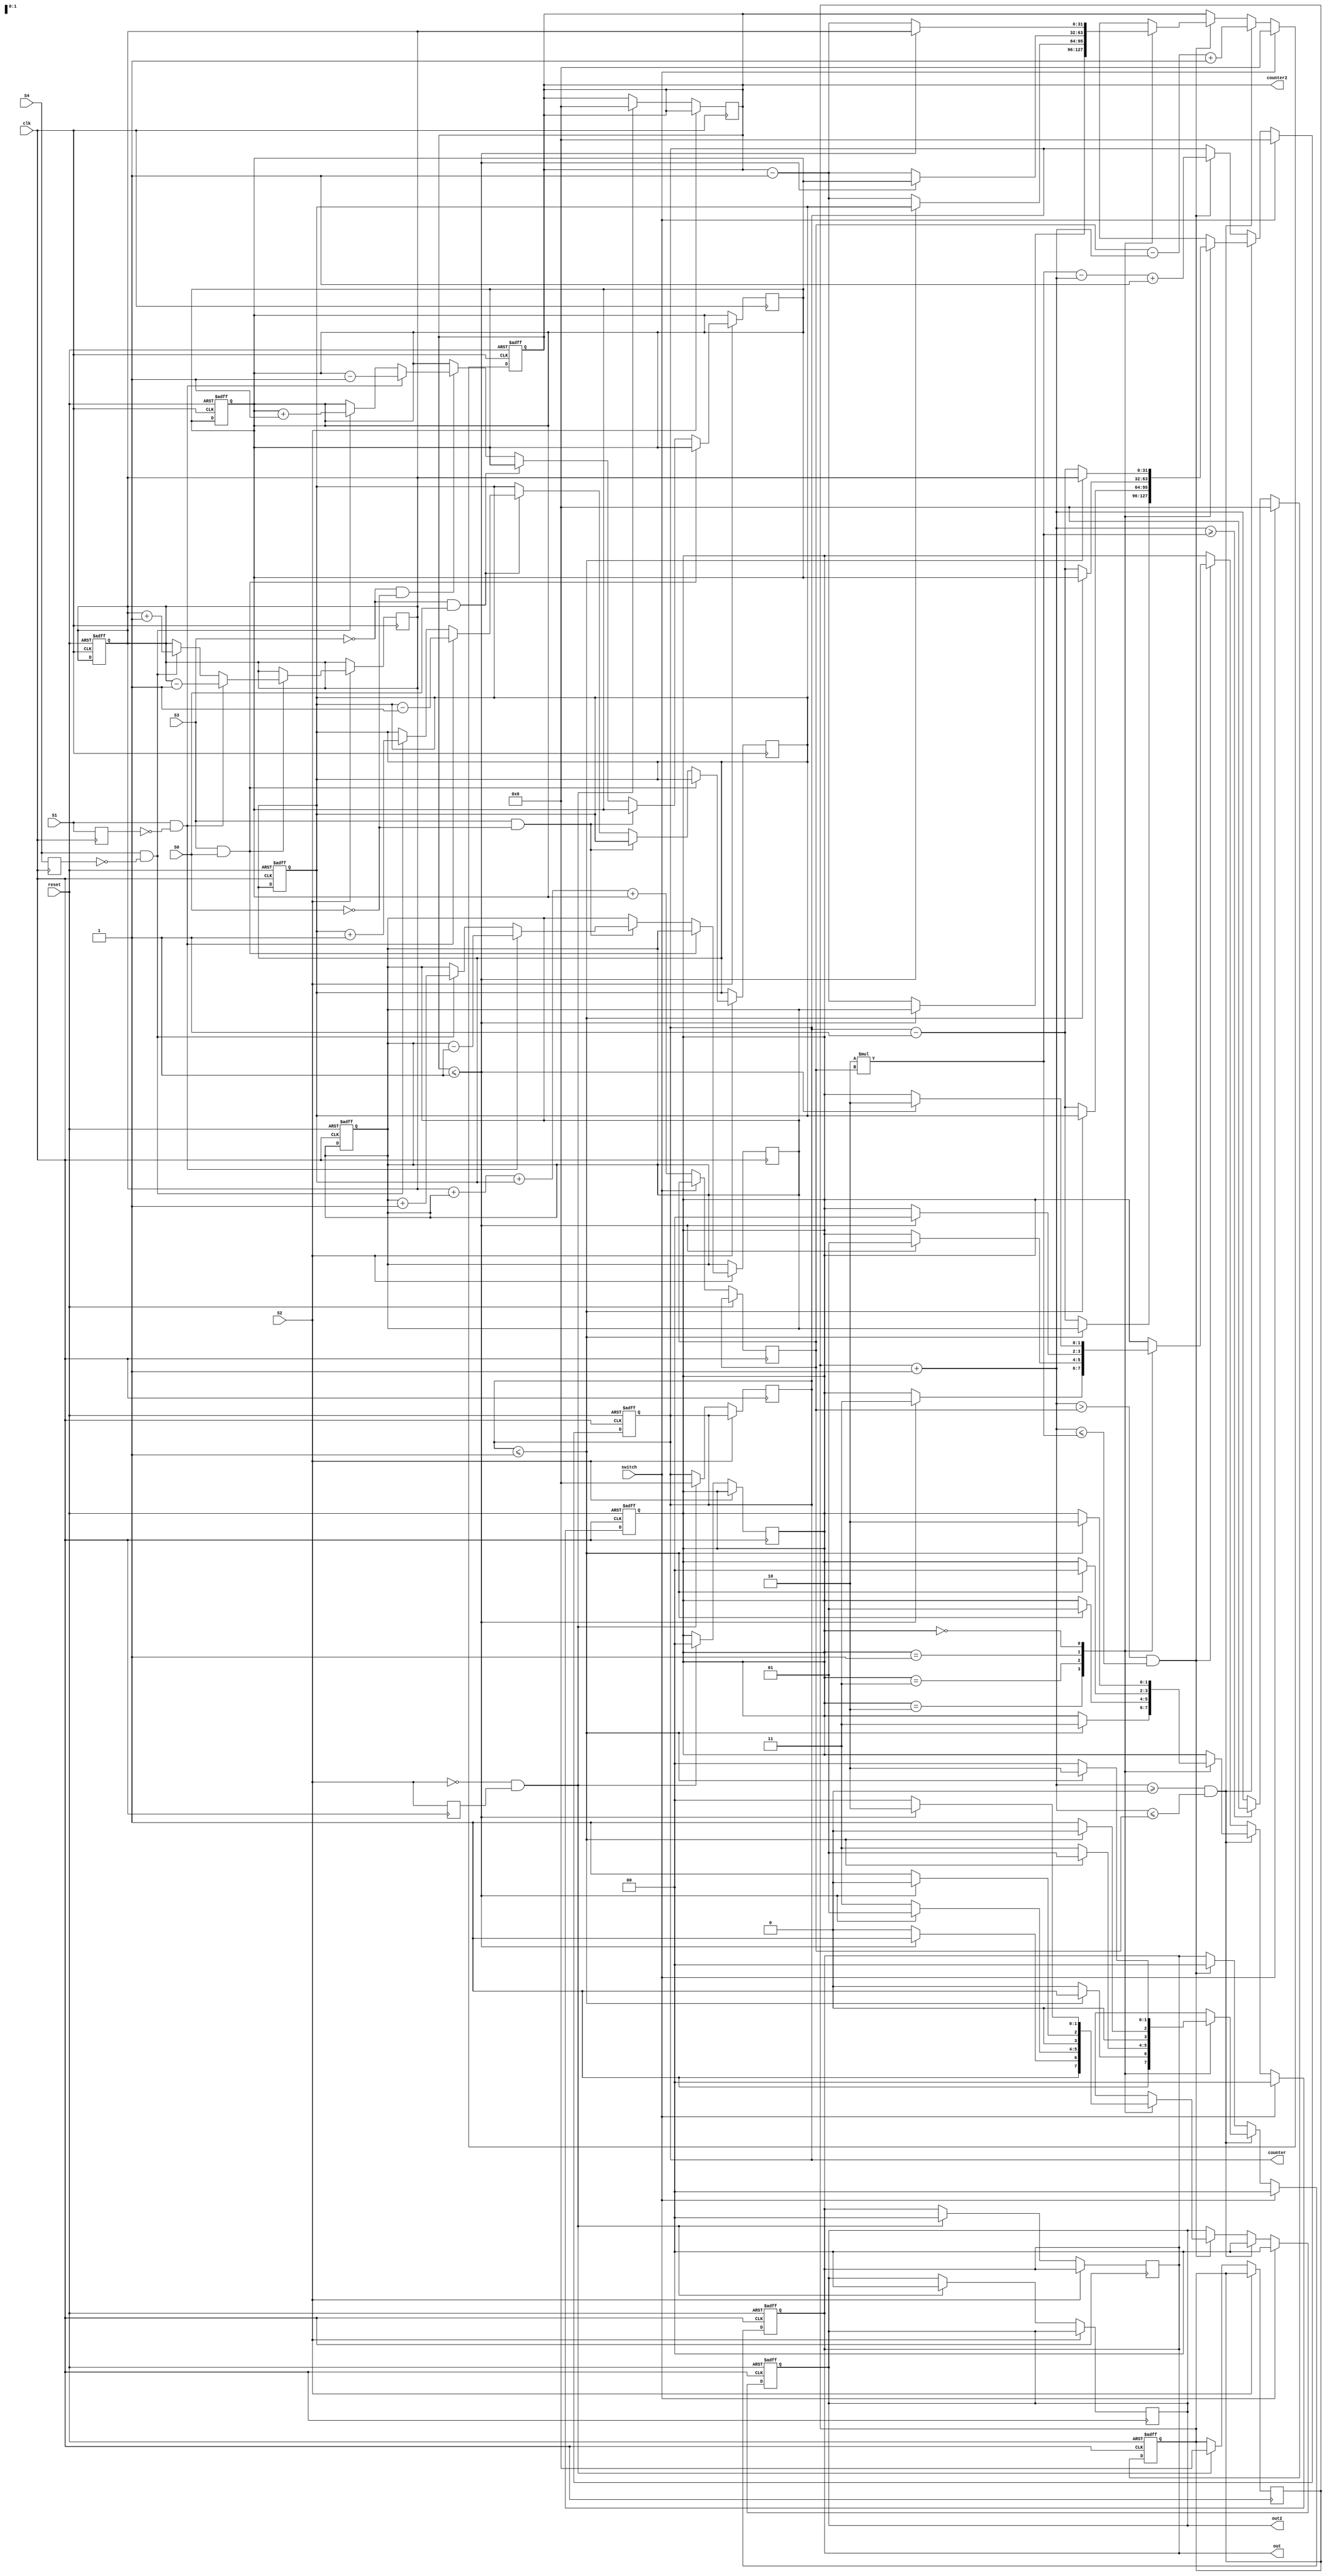
module sequence_generator(
    input wire clk,          // 
    input wire reset,        // 
    input wire switch,       // 
    input wire S0,
    input wire S1,
    input wire S2,
    input wire S3,
    input wire S4,
    output reg [1:0] out,    // 2
    output reg [31:0] counter, // 32
    output reg [1:0] out2,    // 
    output reg [31:0] counter2 // 
);

// 
reg S4_prev, S1_prev, S2_prev; //  S3  S2 

// 
reg [1:0] state;
reg [31:0] flag;
// 
localparam OFF = 2'b00,
           LEFT = 2'b01,
           FORWARD = 2'b10,
           RIGHT = 2'b11;

// 
reg [31:0] FORWARD_T, RIGHT_T, LEFT_T, OFF_T;
reg [31:0] PERIOD;

// 
always @(posedge clk or posedge reset) begin
    if (reset) begin
        // 
        state <= OFF;
        counter <= 0;
        counter2 <= 0;
        out <= 4'b0000;
        out2 <= 4'b0000;
        FORWARD_T <= 15;
        RIGHT_T <= 10;
        LEFT_T <= 10;
        OFF_T <= 3;
        flag<=0;
    end else if (switch) begin
        // counter0stateOFF
        state <= OFF; 
        counter <= 0;
        counter2 <= 0;
        out <= 4'b0000;
        out2 <= 4'b0000;
        flag <= 0;
    end else begin
        //
        PERIOD <= FORWARD_T + RIGHT_T + LEFT_T + OFF_T;

        //flag
        flag = flag + 1;
        if (flag >= 2 * PERIOD)
        begin
            flag <= 0;
        end
        else 
        begin
            flag <= flag;
        end

        //flag
        if (flag >= 0 && flag <= PERIOD)
        begin
            out2 <= OFF;
            counter2 <= PERIOD - flag + 1;
            
            case (state)
            FORWARD: begin //2
                if (counter <= 1) begin
                    state <= RIGHT;
                    counter <= RIGHT_T;
                    out <= RIGHT;
                    
                end else begin
                    counter <= counter - 1;
                    out <= FORWARD;
                end
            end
            RIGHT: begin //3
                if (counter <= 1) begin
                    state <= LEFT;
                    counter <= LEFT_T;
                    out <= LEFT;
                end else begin
                    counter <= counter - 1;
                    out <= RIGHT;
                end
            end
            LEFT: begin //1
                if (counter <= 1) begin
                    state <= OFF;
                    counter <= OFF_T;
                    out <= OFF;
                end else begin
                    counter <= counter - 1;
                    out <= LEFT;
                end
            end
            OFF: begin //0
                if (counter <= 1) begin
                    state <= FORWARD;
                    counter <= FORWARD_T;
                    out <= FORWARD;
                    
                end else begin
                    counter <= counter - 1;
                    out <= OFF;
                end
            end
        endcase
        end

        //flag
        else if (flag > PERIOD && flag <= 2 * PERIOD) 
        begin
            out <= OFF;
            counter <= 2 * PERIOD - flag + 1;
            case (state)
            FORWARD: begin //2
                if (counter2 <= 1) begin
                    state <= RIGHT;
                    counter2 <= RIGHT_T;
                    out2 <= RIGHT;
                end else begin
                    counter2 <= counter2 - 1;
                    out2 <= FORWARD;
                end
            end
            RIGHT: begin //3
                if (counter2 <= 1) begin
                    state <= LEFT;
                    counter2 <= LEFT_T;
                    out2 <= LEFT;
                end else begin
                    counter2 <= counter2 - 1;
                    out2 <= RIGHT;
                end
            end
            LEFT: begin //1
                if (counter2 <= 1) begin
                    state <= OFF;
                    counter2 <= OFF_T;
                    out2 <= OFF;
                end else begin
                    counter2 <= counter2 - 1;
                    out2 <= LEFT;
                end
            end
            OFF: begin //0
                if (counter2 <= 1) begin
                    state <= FORWARD;
                    counter2 <= FORWARD_T;
                    out2 <= FORWARD;
                end else begin
                    counter2 <= counter2 - 1;
                    out2 <= OFF;
                end
            end
        endcase
        end
    end
end

// 
always @(posedge clk) begin
    S4_prev <= S4;
    S1_prev <= S1;
    S2_prev <= S2;

    if (S2) begin
        // S3S0FORWARD_T
        if (S3 && S0) begin
            if (S4 && !S4_prev) begin
                FORWARD_T <= FORWARD_T + 1;
            end
            if (S1 && !S1_prev) begin
                FORWARD_T <= FORWARD_T - 1;
            end
        end else if (S3 && !S0) begin // S3RIGHT_T
            if (S4 && !S4_prev) begin
                RIGHT_T <= RIGHT_T + 1;
            end
            if (S1 && !S1_prev) begin
                RIGHT_T <= RIGHT_T - 1;
            end
        end else if (!S3 && S0) begin // S0LEFT_T
            if (S4 && !S4_prev) begin
                LEFT_T <= LEFT_T  + 1;
            end
            if (S1 && !S1_prev) begin
                LEFT_T  <= LEFT_T  - 1;
            end
        end else if (!S3 && !S0) begin // OFF_T
            if (S4 && !S4_prev) begin
                OFF_T <= OFF_T  + 1;
            end
            if (S1 && !S1_prev) begin
                OFF_T  <= OFF_T - 1;
            end
        end
    end
    else if (!S2 && S2_prev) begin
        // 
        state <= OFF;
        counter <= 0;
        counter2 <= 0;
        out <= 4'b0000;
        out2 <= 4'b0000;
        flag<=0;
    end

end
endmodule